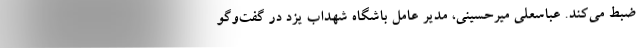
ضبط می‌کند. عباسعلی میرحسینی، مدیر عامل باشگاه شهداب یزد در گفت‌وگو